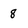
Character: 8